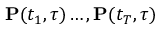
\mathbf { P } ( t _ { 1 } , \tau ) \dots , \mathbf { P } ( t _ { T } , \tau )